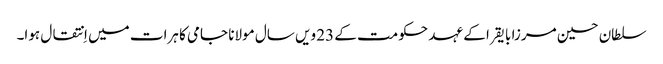
سلطان حسین مرزا بایقرا کے عہد حکومت کے 23 ویں سال مولانا جامی کا ہرات میں اِنتقال ہوا۔